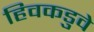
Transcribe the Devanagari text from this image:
हिवकडुवे